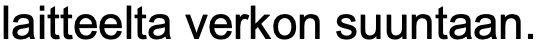
laitteelta verkon suuntaan.